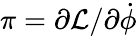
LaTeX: \pi=\partial{\cal L}/\partial\dot{\phi}